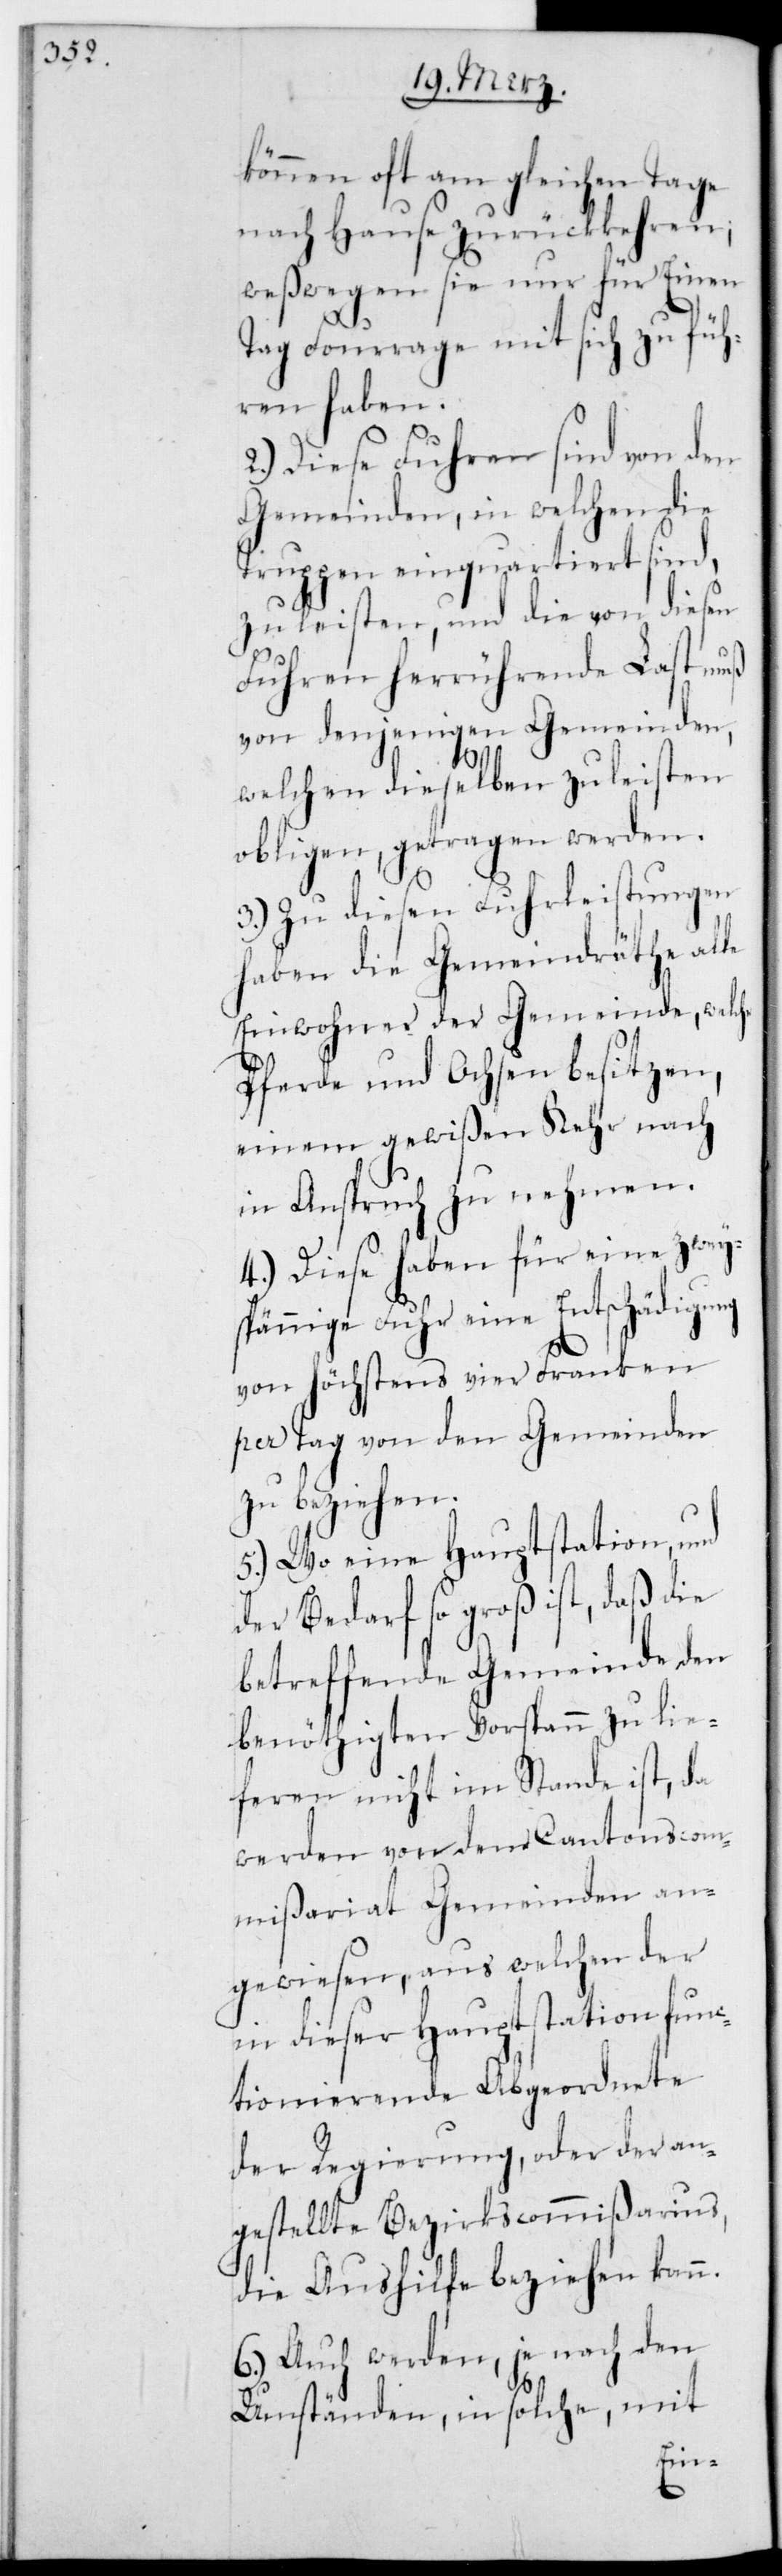
können oft am gleichen Tage
nach Hause zurückkehren;
weswegen sie nur für einen
Tag Fourrage mit sich zu füh¬
ren haben.
2.) Diese Fuhren sind von den
Gemeinden, in welchen die
Truppen einquartiert sind,
zu leisten, und die von diesen
Fuhren herrührende Last muß
von denjenigen Gemeinden,
y¬
welchen dieselben zu leisten
obligen, getragen werden.
3.) Zu diesen Fuhrleistungen
haben die Gemeindräthe alle
Einwohner der Gemeinde, welche
Pferde und Ochsen besitzen,
einem gewißen Kehr nach
in Anspruch zu nehmen.
4.) Diese haben für eine zwe¬
spännige Fuhr eine Entschädigung
ken
von höchstens vier Fr¬
per Tag von den Gemeinden
zu beziehen.
5.) Wo eine Hauptstation und
der Bedarf so groß ist, daß die
betreffende Gemeinde den
benöthigten Vorspann zu lie¬
feren nicht imstande ist, da
werden von dem Cantonscom¬
mißariat Gemeinden an¬
gewiesen, aus welchen der
in dieser Hauptstation fun¬
ktionierende Abgeordnete
der Regierung, oder der an¬
gestellte Bezirkscommißarius,
die Aushilfe beziehen kann.
6.) Auch werden, je nach den
Umständen, in solche, mit